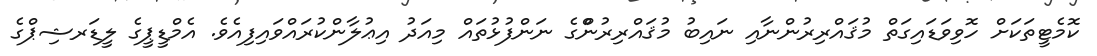
ކޮމެޓީތަކަށް ހޮވިވަޑައިގަތް މުޤައްރިރުންނާއި ނައިބު މުޤައްރިރުންްގެ ނަންފުޅުތައް މިއަދު އިޢުލާންކުރައްވައިފިއެވެ. އެމްޑީޕީގެ ލީޑަރޝިޕްގެ